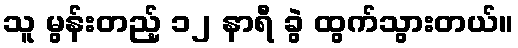
သူ မွန်းတည့် ၁၂ နာရီ ခွဲ ထွက်သွားတယ်။